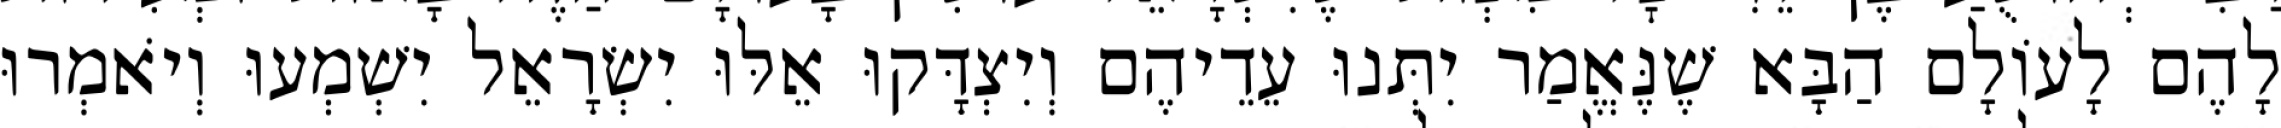
לָהֶם לָעוֹלָם הַבָּא שֶׁנֶּאֱמַר יִתְּנוּ עֵדֵיהֶם וְיִצְדָּקוּ אֵלּוּ יִשְׂרָאֵל יִשְׁמְעוּ וְיֹאמְרוּ